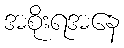
အစိုးရအနေ